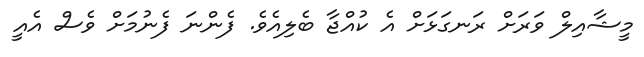
މީޝާއިލް ވަރަށް ރަނގަޅަށް އެ ކުއްޖާ ބެލިއެވެ. ފެންނަ ފެނުމަށް ވެސް އެއީ